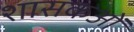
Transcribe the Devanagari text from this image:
शासकओं